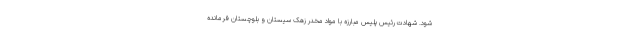
شود. شهادت رئیس پلیس مبارزه با مواد مخدر زهک سیستان و بلوچستان فرمانده